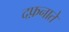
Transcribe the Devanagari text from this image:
दफ़नाते